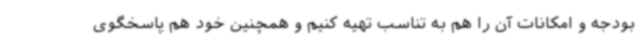
بودجه و امکانات آن را هم به تناسب تهیه کنیم و همچنین خود هم پاسخگوی